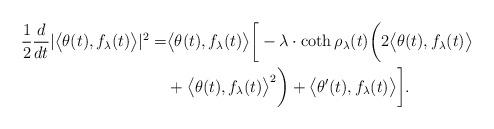
LaTeX: \begin{align*}\frac{1}{2} \frac{d}{dt} |\big< \theta(t), f_{\lambda}(t) \big>|^{2} = &\big< \theta(t), f_{\lambda}(t) \big> \bigg[ - \lambda \cdot \coth \rho_{\lambda}(t) \bigg( 2 \big< \theta(t), f_{\lambda}(t) \big> \\&+ \big< \theta(t), f_{\lambda}(t) \big>^{2} \bigg) + \big< \theta'(t), f_{\lambda}(t) \big> \bigg]. \end{align*}